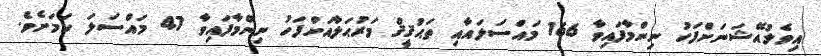
އިވެލުއޭޝަނަށްފަހު ނިންމާފައިވާ 166 މައްސަލައާއި ތަޙުޤީޤް މަރުޙަލާއަށްފަހު ނިންމާފައިވާ 47 މައްސަލަ ކަމަށެވެ.